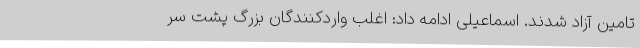
تامین آزاد شدند. اسماعیلی ادامه داد: اغلب واردکنندگان بزرگ پشت سر